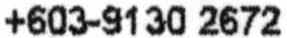
+603-9130 2672